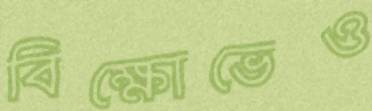
বিক্ষোভেও